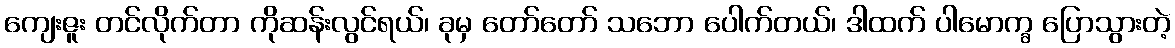
ကျေးဇူး တင်လိုက်တာ ကိုဆန်းလွင်ရယ်၊ ခုမှ တော်တော် သဘော ပေါက်တယ်၊ ဒါထက် ပါမောက္ခ ပြောသွားတဲ့